Insane asylums in Bengal annual reports 1876-1887 - 1876-1887
Year: 1876
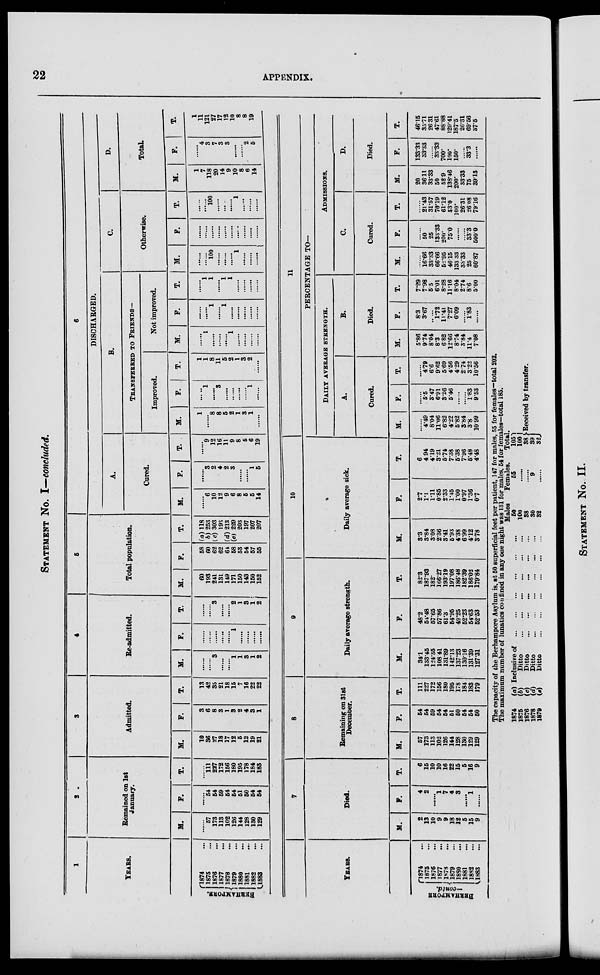
22
APPENDIX.
STATEMENT No. I—concluded.
1
YEARS.
BERHAMPORE.
1874 ...
1875 ...
1876 ...
1877 ...
1878 ...
1879 ...
1880 ...
1881 ...
1882 ...
1883 ...
2
Remained on 1st
January.
M.
......
57
178
113
102
126
144
128
130
129
F.
......
54
54
59
54
54
51
50
54
54
T.
......
111
227
172
156
180
195
178
184
183
3
Admitted.
M.
10
36
27
18
17
12
5
12
19
21
F.
3
6
8
3
1
3
2
4
3
1
T.
13
42
35
21
18
15
7
16
22
22
4
Re-admitted.
M.
......
......
3
......
......
1
1
3
1
2
F.
......
......
......
......
......
1
......
......
......
......
T.
......
......
3
......
......
2
1
3
1
2
5
Total population.
M.
60
193
241
131
149
171
150
143
150
152
F.
58
60
62
62
64
58
53
54
57
55
T.
(a) 118
b) 253
(c) 303
193
(d) 213
(c) 229
203
197
207
207
6
DISCHARGED.
A.
Cured.
M.
......
6
10
12
9
6
8
5
5
14
F.
......
3
2
4
2
3
......
......
1
5
T.
......
9
12
16
11
9
8
5
6
19
8.
TRANSFERRED TO FRIENDS—
Improved.
M.
1
......
8
8
5
2
1
3
1
......
F.
......
1
......
3
......
......
......
1
......
T.
1
1
8
11
5
2
1
3
2
......
Not improved.
M.
......
1
......
......
......
1
......
......
......
......
F.
......
......
1
......
1
......
......
......
......
......
T.
......
1
1
......
1
1
......
......
......
......
C.
Otherwise.
M.
......
......
100
......
......
......
1
......
......
F.
......
......
......
......
......
......
......
......
......
......
T.
......
......
100
......
......
......
1
......
......
......
D.
Total.
M.
1
7
118
20
14
9
10
8
6
14
F.
......
4
3
7
3
8
......
......
2
5
T.
1
11
121
27
17
12
10
8
8
19
YEARS.
BERHAMPORE—contd.
1874 ...
1875 ...
1876 ...
1877 ...
1878 ...
1879 ...
1880 ...
1881 ...
1882 ...
1883 ...
7
Died.
M.
2
13 10
9
9
18
12
5
15
9
F.
4
2
......
1
7
4
8
......
1
......
T.
6
15
10
10
16
22
15
5
16
9
8
Remaining on 31st
December.
M.
57
173
113
102
126
144
128
130
129
129
F.
54
54
59
54
54
51
50
54
54
50
T.
111
227
172
156
180
195
178
184
183
179
9
Daily average strength.
M.
34.1
133.45
124.35
108.41
131.89
142.13
137.23
130.16
131.39
127.31
F.
48.2
54.48
57.65
57.86
61.3
54.95
49.25
52.23
54.63
52.53
T.
82.8
187.93
182.
166.27
193.19
197.08
186.48
182.39
186.02
179.84
10
Daily average sick.
M.
3.3
3.84
3.08
2.36
3.41
5.93
4.38
6.99
4.12
3.78
F.
2.7
1.1
1.11
0.85
2.33
1.45
1.00
0.97
1.36
0.7
T.
6
4.94
419
3.21
5.74
7.38
5.38
7.96
5.48
4.48
11
PERCENTAGE TO-
DAILY AVERAGE STRENGTH.
A.
Cured.
M.
......
4.49
8.04
11.06
6.82
4.22
5.82
3.84
3.8
10.99
F.
......
5.5
3.47
6.91
3.26
5.46
......
......
1.83
9.53
T.
......
4.79
6.6
9.62
5.69
4.56
4.29
2.74
3.22
10.56
B.
Died.
M.
5.86
9.74
8.04
8.3
6.82
12.66
8.74
3.84
11.4
7.08
F.
8.3
3.67
......
1.72
11.41
7.27
6.09
......
1.83
......
T.
7.29
7.98
5.5
6.01
8.28
11.16
8.04
2.74
8.6
5.00
ADMISSIONS.
C.
Cured.
M.
......
16.66
33.33
66.66
52.95
46.15
133 33
33.33
25
60.87
F.
......
50
25
133.33
200*
75.0
......
......
33.3
500.0
T.
......
21.43
31.57
78.19
61.12
53.0
100.
26.81
26.08
79.16
D.
Died.
M.
20
36.11
33.33
50
52.9
138.46
200.
33.33
75
39.13
F.
133.33
33.33
......
33.33
700.
100.
150.
......
33.3
......
T.
46.15
35.71
26.31
47.61
88.88
129.41
187.5
26.31
69.56
37.5
The capacity of the Berhampore Asylum is, at 50 superficial feet per patient, 147 for males, 55 for females—total 202.
The maximum number of lunatics confined in any one night was 131 for males. 54 for females—total 185.
1874
(a) Inclusive of
...
...
...
...
...
...
1875
(b)
Ditto
...
...
...
...
...
...
1876
(c)
Ditto
...
...
...
...
...
...
1878
(d)
Ditto
...
...
...
...
...
...
1879
(e)
Ditto
...
...
...
...
...
...
Males
50
100
38
30
32
Females.
55
......
......
9
......
Total.
105
100
38
39
32
Received by transfer.